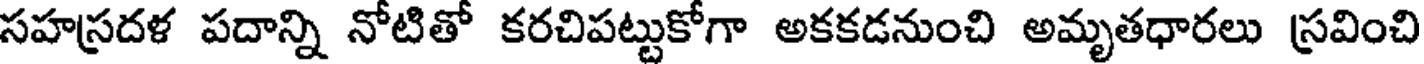
సహస్రదళ పదాన్ని నోటితో కరచిపట్టుకోగా అకకడనుంచి అమృతధారలు స్రవించి